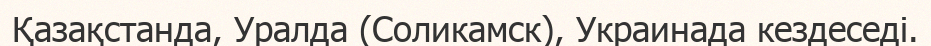
Қазақстанда, Уралда (Соликамск), Украинада кездеседі.